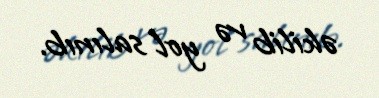
əkilib və yol salınıb.